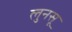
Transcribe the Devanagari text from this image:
लुनसू